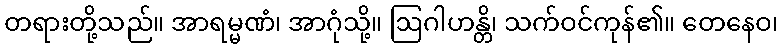
တရားတို့သည်။ အာရမ္မဏံ၊ အာဂုံသို့။ ဩဂါဟန္တိ၊ သက်ဝင်ကုန်၏။ တေနေဝ၊